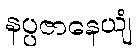
နပ္ပဇာနေယျံ